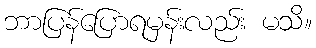
ဘာပြန်ပြောရမှန်းလည်း မသိ။